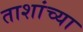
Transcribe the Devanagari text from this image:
ताशांच्या